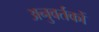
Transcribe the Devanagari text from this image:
अनुवर्तकों